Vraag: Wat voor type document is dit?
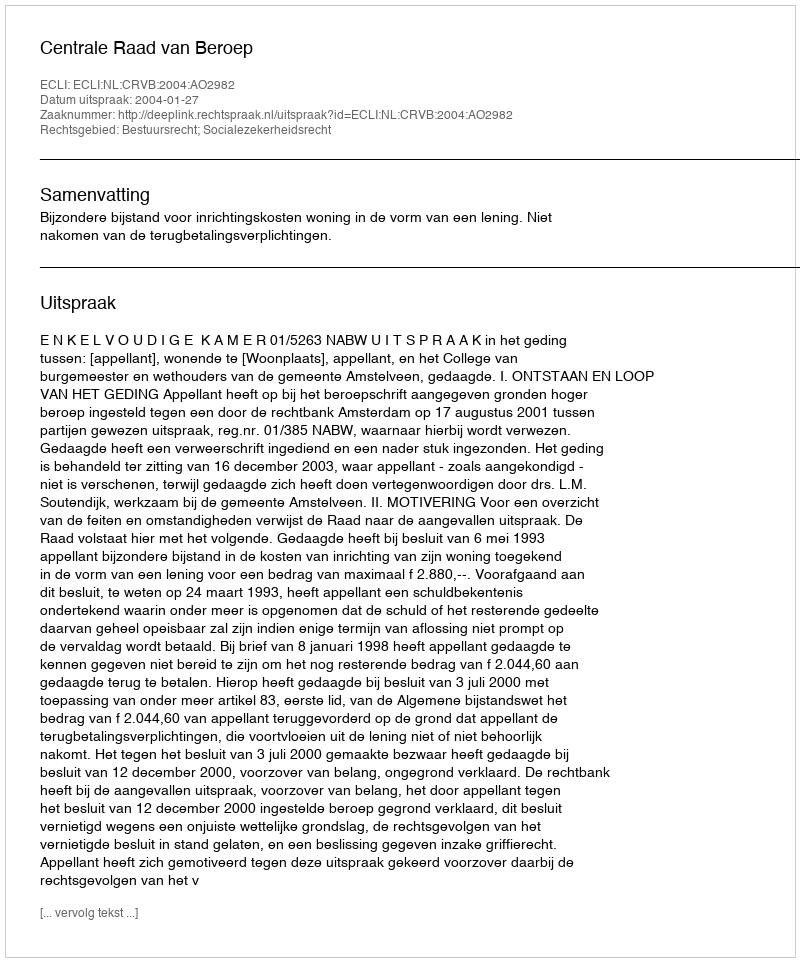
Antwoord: Uitspraak